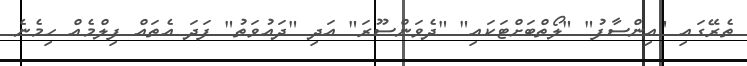
ތެރޭގައި "އިންސާފު" "ލޯތްބަށްޓަކައި" "ދެވަންސޫރަ" އަދި "ދައުވަތު" ފަދަ އެތައް ފިލްމެއް ހިމެނެ